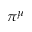
\pi ^ { \mu }